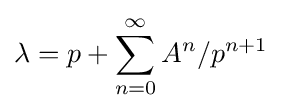
\lambda =p+\sum _{n=0}^{\infty }A^{n}/p^{n+1}